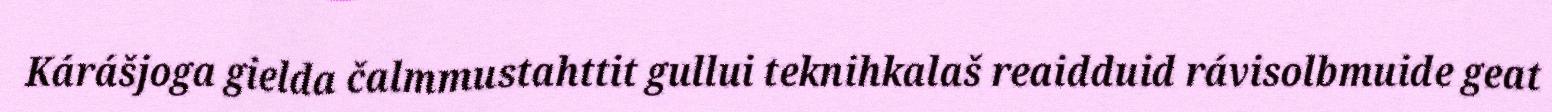
Kárášjoga gielda čalmmustahttit gullui teknihkalaš reaidduid rávisolbmuide geat